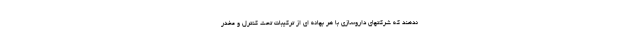
ندهند که شرکتهای داروسازی با هر بهانه ای از ترکیبات تحت کنترل و مخدر